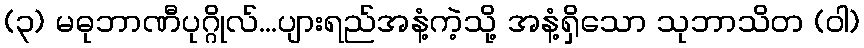
(၃) မဓုဘာဏီပုဂ္ဂိုလ်...ပျားရည်အနံ့ကဲ့သို့ အနံ့ရှိသော သုဘာသိတ (ဝါ)